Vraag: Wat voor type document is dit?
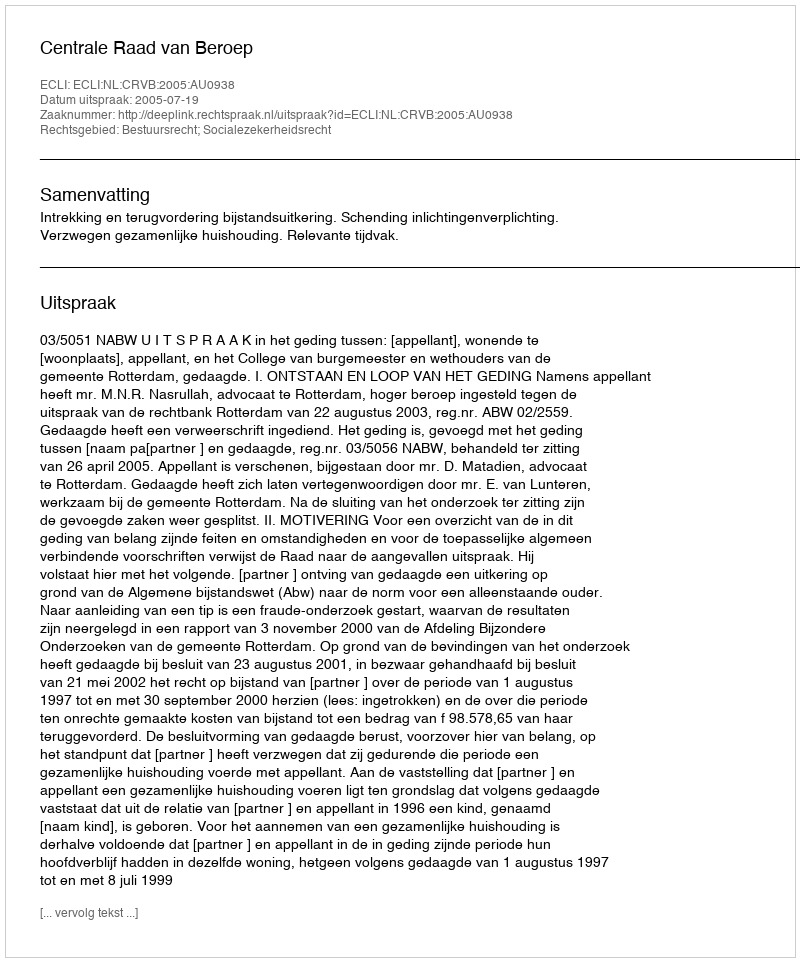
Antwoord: Uitspraak